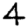
Digit: 4